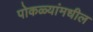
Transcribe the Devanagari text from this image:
पोकळ्यांमधील